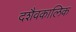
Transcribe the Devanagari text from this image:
दशैवकालिक